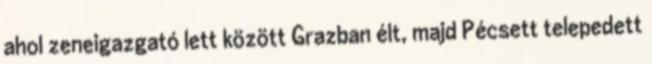
ahol zeneigazgató lett között Grazban élt, majd Pécsett telepedett